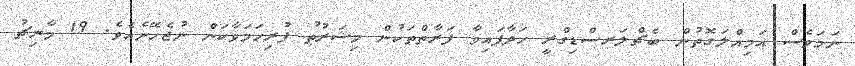
ނަމަވެސް އަމިއްލަގޮތުން ބެޗްލަރސްޑިގްރީ ހަދާފައިވާ ފަރާތްތަކުން މިޝަރުޠު ފުރިހަމަވާކަން ނުޖެހޭނެއެވެ. 19 މާރިޗު